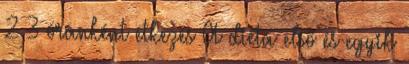
2 3 óránként étkezés A diéta első és egyik